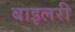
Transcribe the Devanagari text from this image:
बाइलरी